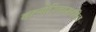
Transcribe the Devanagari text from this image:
बल्गेरियामधील